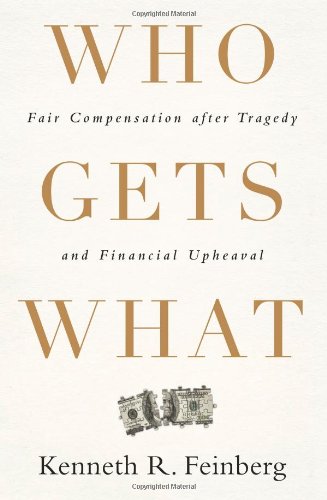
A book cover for Who Gets What: Fair Compensation after Tragedy and Financial Upheaval; Kenneth R. Feinberg; Law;